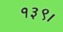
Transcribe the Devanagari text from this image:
१३९।